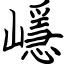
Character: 嶾